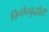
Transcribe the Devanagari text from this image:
विनोदबुद्धीही